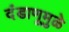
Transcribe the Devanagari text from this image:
दंडाणूमुळे